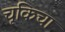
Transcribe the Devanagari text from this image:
चूकिचा